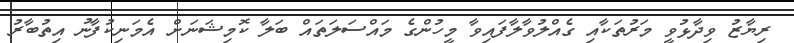
ރިޔާޒު ވިދާޅުވީ މަރުތަކާއި ގެއްލުވާލާފައިވާ މީހުންގެ މައްސަލަތައް ބަލާ ކޮމިޝަނަށް އެމަނިކުފާނު އިތުބާރު